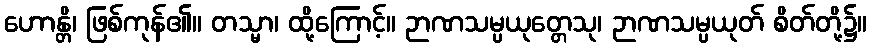
ဟောန္တိ၊ ဖြစ်ကုန်၏။ တသ္မာ၊ ထို့ကြောင့်။ ဉာဏသမ္ပယုတ္တေသု၊ ဉာဏသမ္ပယုတ် စိတ်တို့၌။